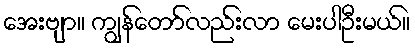
အေးဗျာ။ ကျွန်တော်လည်းလာ မေးပါဦးမယ်။